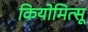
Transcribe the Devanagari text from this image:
कियोमित्सू